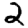
Digit: 2